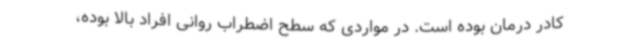
کادر درمان بوده است. در مواردی که سطح اضطراب روانی افراد بالا بوده،